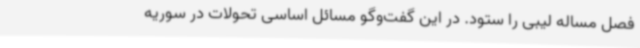
فصل مساله لیبی را ستود. در این گفت‌وگو مسائل اساسی تحولات در سوریه